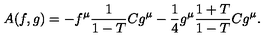
A ( f , g ) = - f ^ { \mu } \frac { 1 } { 1 - T } C g ^ { \mu } - \frac { 1 } { 4 } g ^ { \mu } \frac { 1 + T } { 1 - T } C g ^ { \mu } .